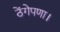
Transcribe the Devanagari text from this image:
ठेंगेपणा।